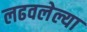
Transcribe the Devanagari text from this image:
लढवलेल्या